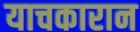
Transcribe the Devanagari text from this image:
याचकारान